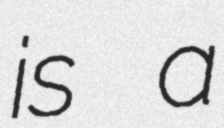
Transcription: is a